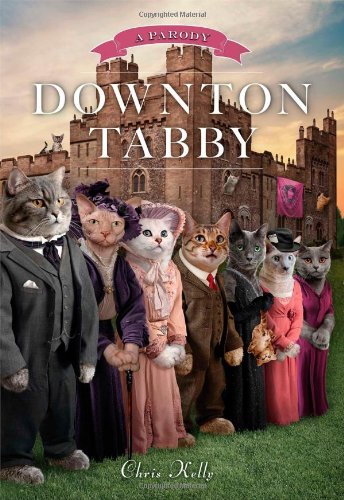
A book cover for Downton Tabby; Chris Kelly; Humor & Entertainment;